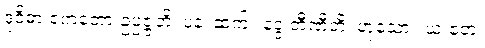
ဒုဝိဓာ ဧကတော ဥပ္ပဇ္ဇတိ၊ ပန၊ ဆက်။ ဒွေ တီဏီတိ၊ ဟူသော။ ယံ ဧတံ၊